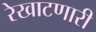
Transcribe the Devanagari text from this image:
रेखाटणारी